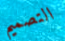
التصميم